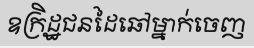
ឧក្រិដ្ឋជនដៃឆៅម្នាក់ចេញ